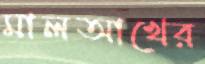
মালআখের